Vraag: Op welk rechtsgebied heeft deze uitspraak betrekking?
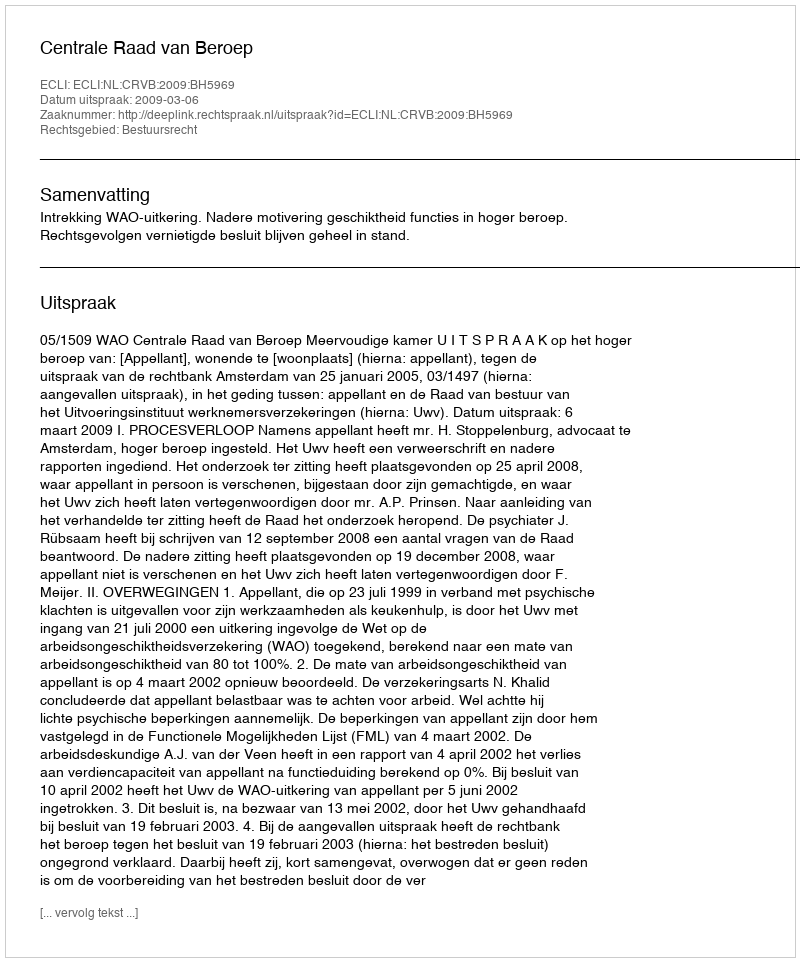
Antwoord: Bestuursrecht